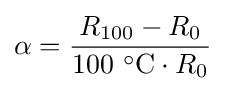
\alpha ={\frac {R_{100}-R_{0}}{100~^{\circ }{\text{C}}\cdot R_{0}}}